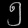
Digit: ၅